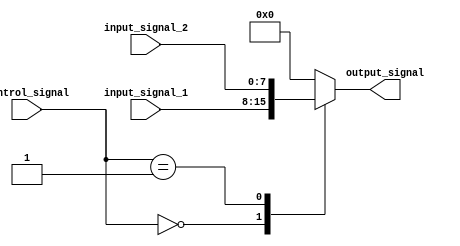
module IO_Blocks_Bus_Switch (
    input wire [7:0] input_signal_1,
    input wire [7:0] input_signal_2,
    input wire [1:0] control_signal,
    output reg [7:0] output_signal
);

always @* begin
    case(control_signal)
        2'b00: output_signal = input_signal_1;
        2'b01: output_signal = input_signal_2;
        // Add cases for additional input signals as needed
        default: output_signal = 8'b00000000;
    endcase
end

endmodule